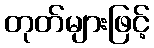
တုတ်များဖြင့်